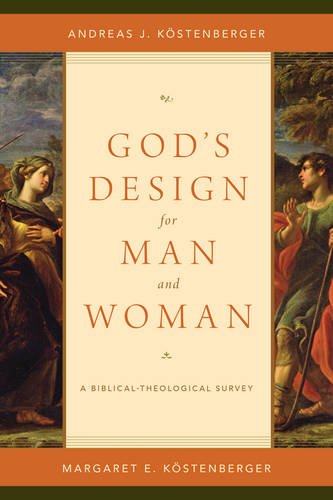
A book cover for God's Design for Man and Woman: A Biblical-Theological Survey; Andreas J. KÃ¶stenberger; Christian Books & Bibles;